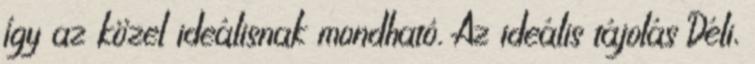
így az közel ideálisnak mondható. Az ideális tájolás Déli,